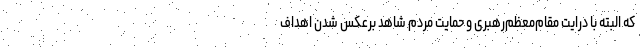
که البته با درایت مقام‌معظم‌رهبری و حمایت مردم شاهد برعکس شدن اهداف